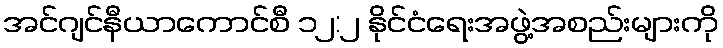
အင်ဂျင်နီယာကောင်စီ ၁၂:၂ နိုင်ငံရေးအဖွဲ့အစည်းများကို